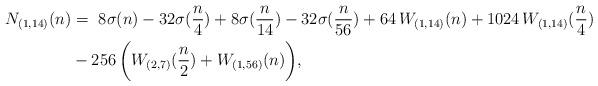
LaTeX: \begin{align*}N_{(1,14)}(n) & = ~ 8\sigma(n) - 32\sigma(\frac{n}{4}) + 8\sigma(\frac{n}{14}) -32\sigma(\frac{n}{56}) + 64\, W_{(1,14)}(n) + 1024\, W_{(1,14)}(\frac{n}{4}) \\ & - 256\, \biggl( W_{(2,7)}(\frac{n}{2}) + W_{(1,56)}(n) \biggr), \end{align*}